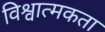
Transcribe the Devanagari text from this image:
विश्वात्मकता